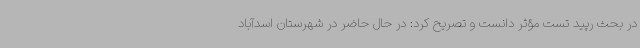
در بحث رپید تست مؤثر دانست و تصریح کرد: در حال حاضر در شهرستان اسدآباد